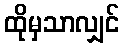
ထိုမှသာလျှင်